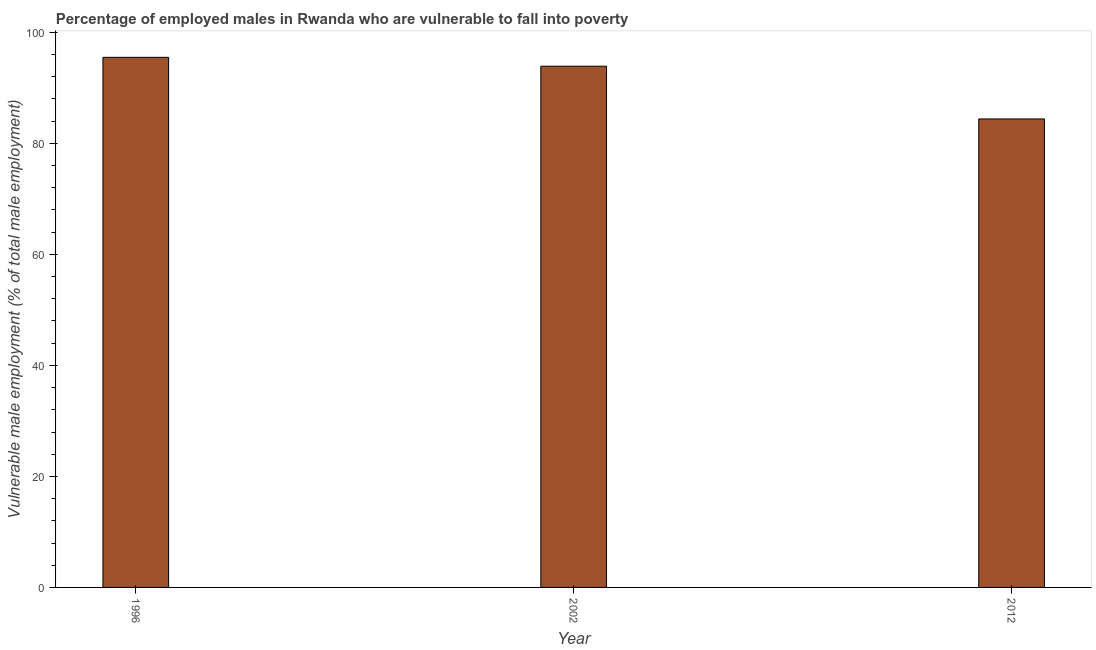
| Year | Percentage of employed males who are vulnerable to fall into poverty |
 | --- | --- |
 | 1996 | 95.5 |
 | 2002 | 93.9 |
 | 2012 | 84.4 |